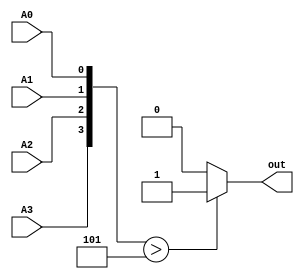
`timescale 1ns / 1ps
//////////////////////////////////////////////////////////////////////////////////
// Company: 
// Engineer: 
// 
// Design Name: 
// Module Name:    BCD_D 
// Project Name: 
// Target Devices: 
// Tool versions: 
// Description: 
//
// Dependencies: 
//
// Revision: 
// Revision 0.01 - File Created
// Additional Comments: 
//
//////////////////////////////////////////////////////////////////////////////////
module BCD_D(A3, A2, A1, A0, out
    );
	 input A3, A2, A1, A0;
	 output reg out;
	 always @(*)
	 begin
		if({A3, A2, A1, A0}>5)
			out = 1;
		else
			out = 0;
	 end


endmodule